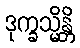
ဒုက္ခသ္မိန္တိ